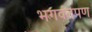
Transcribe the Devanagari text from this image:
भगवंतपण